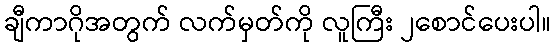
ချီကာဂိုအတွက် လက်မှတ်ကို လူကြီး ၂စောင်ပေးပါ။